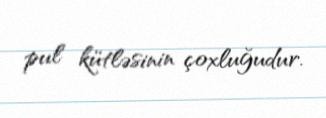
pul kütləsinin çoxluğudur.